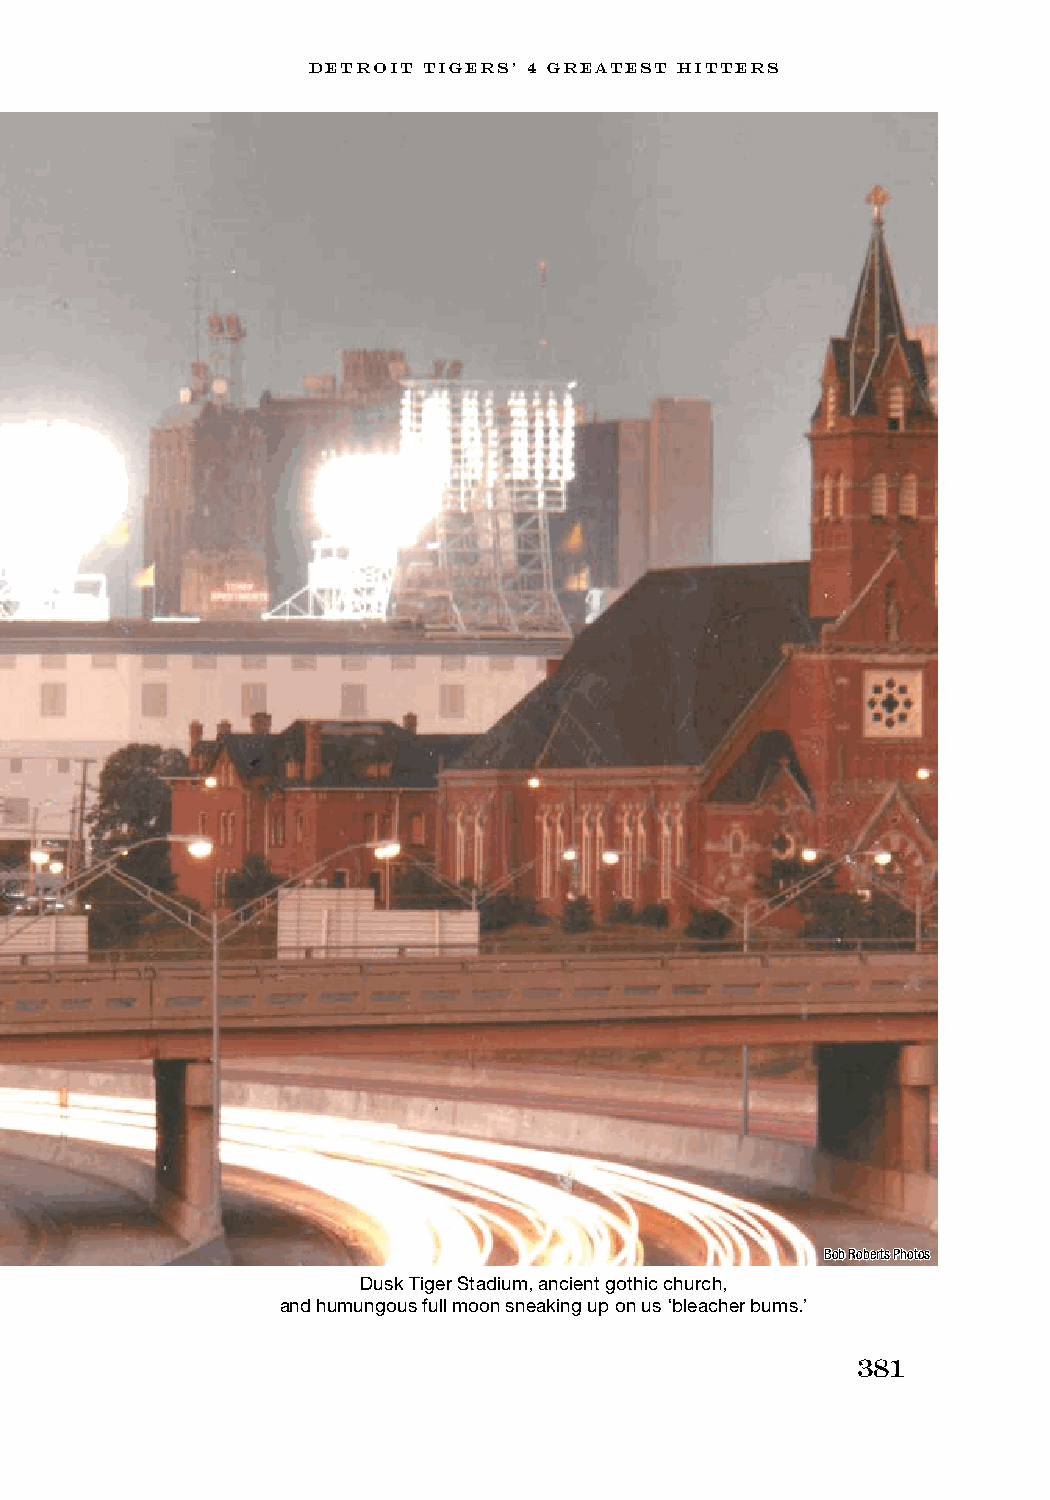
DETROIT TIGERS’ 4 GREATEST HITTERS
 Bob Roberts Photos
 Dusk Tiger Stadium, ancient gothic church,
 and humungous full moon sneaking up on us ‘bleacher bums.’
 381